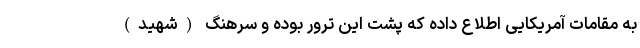
به مقامات آمریکایی اطلاع داده که پشت این ترور بوده و سرهنگ (شهید)